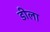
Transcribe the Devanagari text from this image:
डीला